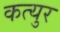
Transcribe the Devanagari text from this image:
कत्युर